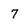
Character: 7